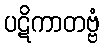
ပဋိကာတဗ္ဗံ